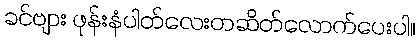
ခင်ဗျား ဖုန်းနံပါတ်လေးတဆိတ်လောက်ပေးပါ။